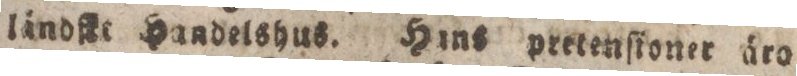
lindfke Handelshus. Hins pretenſioner äro